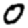
Digit: 0